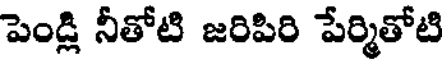
పెండ్లి నీతోటి జరిపిరి పేర్మితోటి